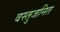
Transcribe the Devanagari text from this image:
वस्तुजनित